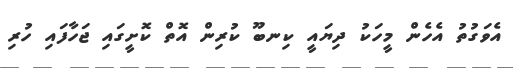
އެވަގުތު އެހެން މީހަކު ދިޔައީ ކިނބޫ ކުރިން އޮތް ކޮށީގައި ޖަހާފައި ހުރި